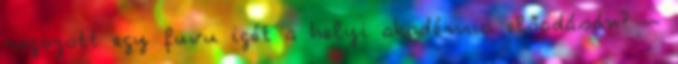
ragozott egy fuvu igét a helyi akadémia előadásán? –